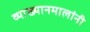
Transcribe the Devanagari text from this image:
व्याख्यानमालांनी